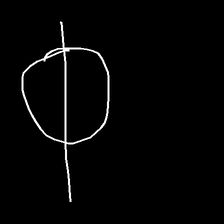
Glyph: orb